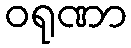
ဝရုဏာ